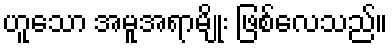
ဟူသော အမူအရာမျိုး ဖြစ်လေသည်။